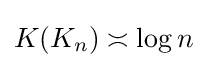
K(K_{n})\asymp \log n